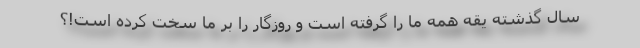
سال گذشته یقهٔ همهٔ ما را گرفته است و روزگار را بر ما سخت کرده است!؟